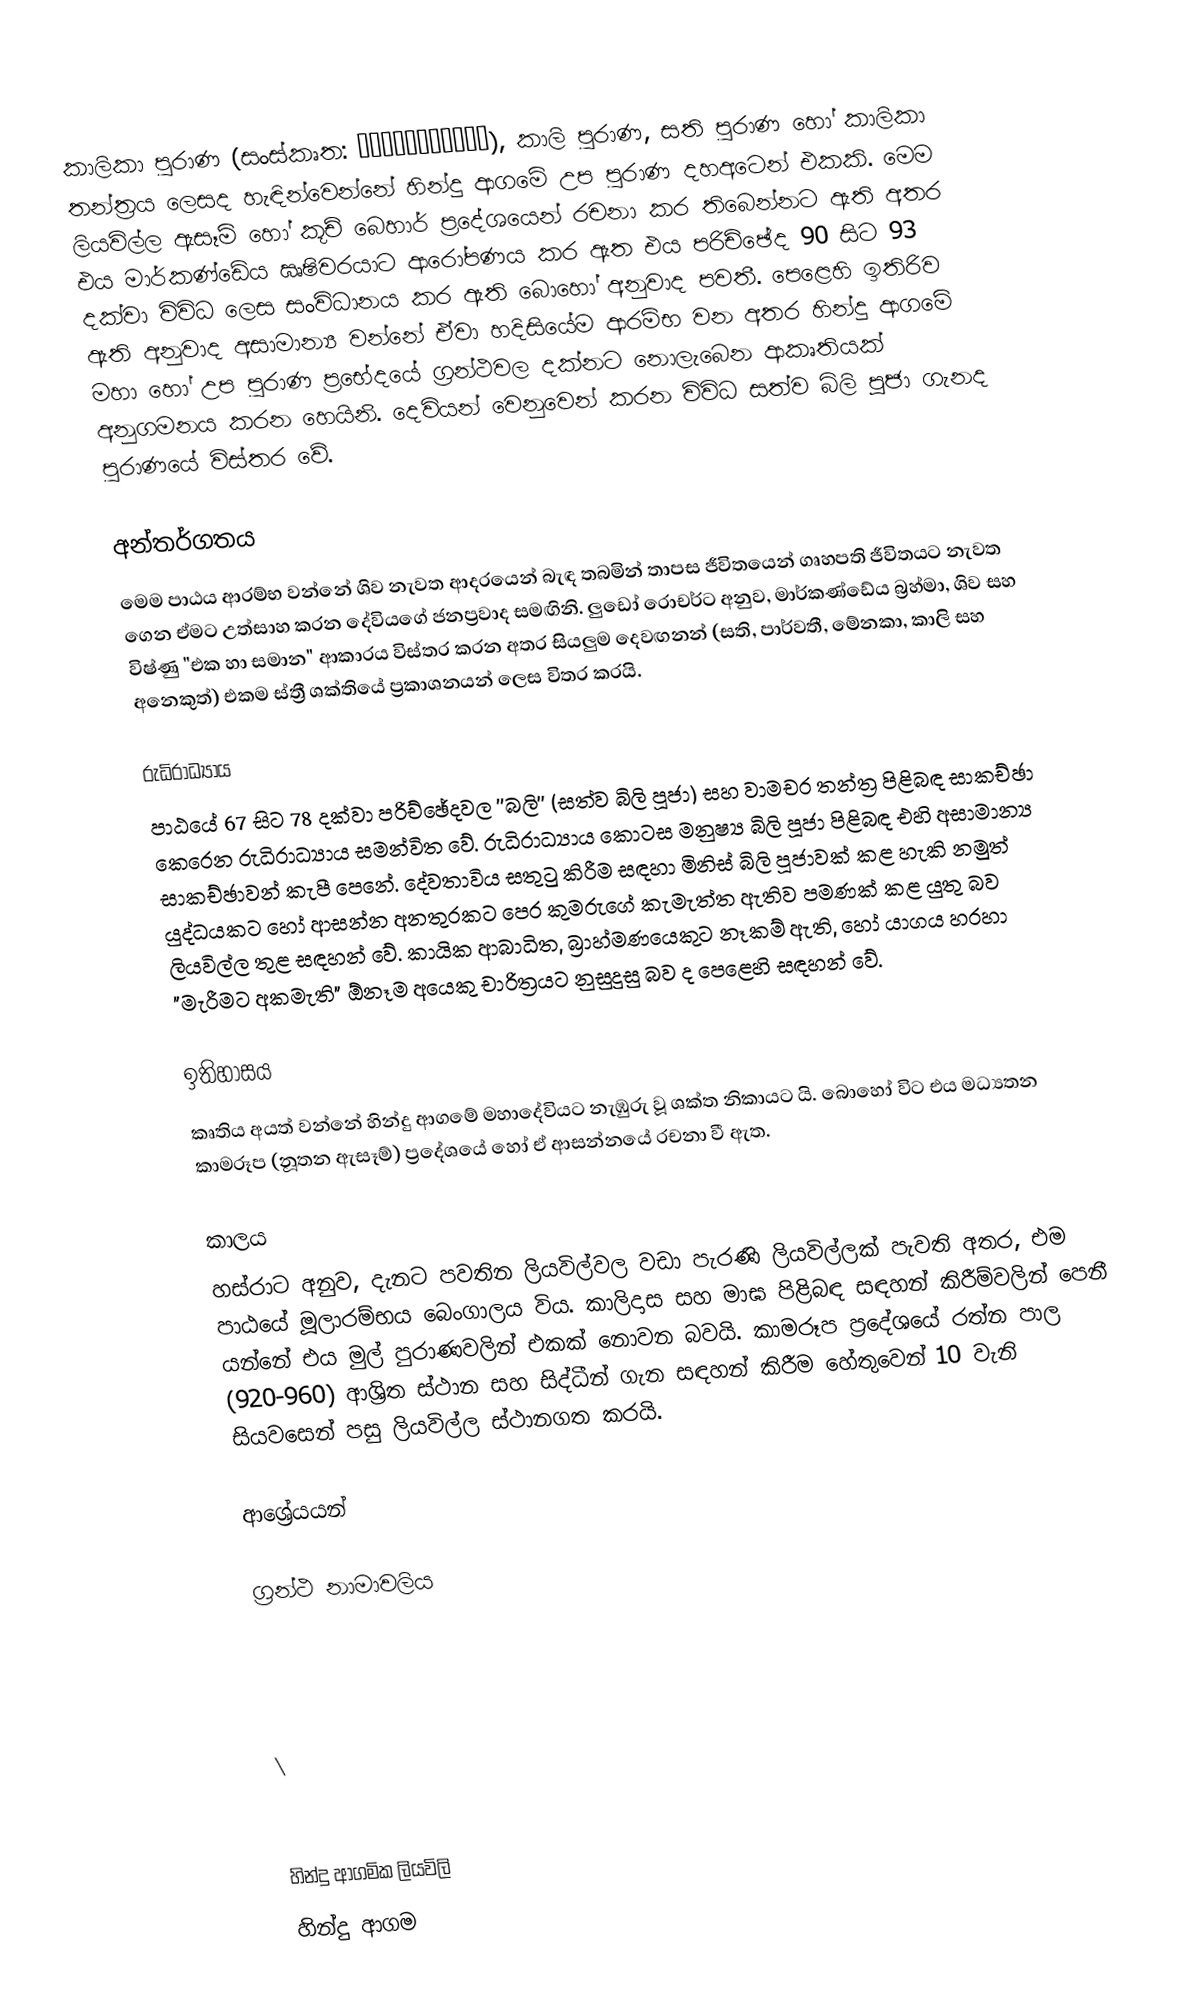
කාලිකා පුරාණ (සංස්කෘත: कालिकापुराण), කාලි පුරාණ, සති පුරාණ හෝ කාලිකා තන්ත්‍රය ලෙසද හැඳින්වෙන්නේ හින්දු ආගමේ උප පුරාණ දහඅටෙන් එකකි. මෙම ලියවිල්ල ඇසෑම් හෝ කූච් බෙහාර් ප්‍රදේශයෙන් රචනා කර තිබෙන්නට ඇති අතර එය මාර්කණ්ඩේය ඍෂිවරයාට ආරෝපණය කර ඇත එය පරිච්ඡේද 90 සිට 93 දක්වා විවිධ ලෙස සංවිධානය කර ඇති බොහෝ අනුවාද පවතී. පෙළෙහි ඉතිරිව ඇති අනුවාද අසාමාන්‍ය වන්නේ ඒවා හදිසියේම ආරම්භ වන අතර හින්දු ආගමේ මහා හෝ උප පුරාණ ප්‍රභේදයේ ග්‍රන්ථවල දක්නට නොලැබෙන ආකෘතියක් අනුගමනය කරන හෙයිනි. දෙවියන් වෙනුවෙන් කරන විවිධ සත්ව බිලි පූජා ගැනද පුරාණයේ විස්තර වේ.

අන්තර්ගතය
මෙම පාඨය ආරම්භ වන්නේ ශිව නැවත ආදරයෙන් බැඳ තබමින් තාපස ජීවිතයෙන් ගෘහපති ජීවිතයට නැවත ගෙන ඒමට උත්සාහ කරන දේවියගේ ජනප්‍රවාද සමඟිනි. ලුඩෝ රොචර්ට අනුව, මාර්කණ්ඩේය බ්‍රහ්මා, ශිව සහ විෂ්ණු "එක හා සමාන" ආකාරය විස්තර කරන අතර සියලුම දෙවඟනන් (සති, පාර්වතී, මේනකා, කාලි සහ අනෙකුත්) එකම ස්ත්‍රී ශක්තියේ ප්‍රකාශනයන් ලෙස විතර කරයි.

රුධිරාධ්‍යාය
පාඨයේ 67 සිට 78 දක්වා පරිච්ඡේදවල ''බලි'' (සත්ව බිලි පූජා) සහ වාමචර තන්ත්‍ර පිළිබඳ සාකච්ඡා කෙරෙන රුධිරාධ්‍යාය සමන්විත වේ. රුධිරාධ්‍යාය කොටස මනුෂ්‍ය බිලි පූජා පිළිබඳ එහි අසාමාන්‍ය සාකච්ඡාවන් කැපී පෙනේ. දේවතාවිය සතුටු කිරීම සඳහා මිනිස් බිලි පූජාවක් කළ හැකි නමුත් යුද්ධයකට හෝ ආසන්න අනතුරකට පෙර කුමරුගේ කැමැත්ත ඇතිව පමණක් කළ යුතු බව ලියවිල්ල තුළ සඳහන් වේ. කායික ආබාධිත, බ්‍රාහ්මණයෙකුට නෑකම් ඇති, හෝ යාගය හරහා "මැරීමට අකමැති" ඕනෑම අයෙකු චාරිත්‍රයට නුසුදුසු බව ද පෙළෙහි සඳහන් වේ.

ඉතිහාසය
කෘතිය අයත් වන්නේ හින්දු ආගමේ මහාදේවියට ​​නැඹුරු වූ ශක්ත නිකායට යි. බොහෝ විට එය මධ්‍යතන කාමරූප (නූතන ඇසෑම්) ප්‍රදේශයේ හෝ ඒ ආසන්නයේ රචනා වී ඇත.

කාලය
හස්රාට අනුව, දැනට පවතින ලියවිල්වල වඩා පැරණි ලියවිල්ලක් පැවති අතර, එම පාඨයේ මූලාරම්භය බෙංගාලය විය. කාලිදාස සහ මාඝ පිළිබඳ සඳහන් කිරීම්වලින් පෙනී යන්නේ එය මුල් පුරාණවලින් එකක් නොවන බවයි. කාමරූප ප්‍රදේශයේ රත්න පාල (920-960) ආශ්‍රිත ස්ථාන සහ සිද්ධීන් ගැන සඳහන් කිරීම හේතුවෙන් 10 වැනි සියවසෙන් පසු ලියවිල්ල ස්ථානගත කරයි.

ආශ්‍රේයයන්

ග්‍රන්ථ නාමාවලිය

 \

හින්දු ආගමික ලියවිලි
හින්දු ආගම